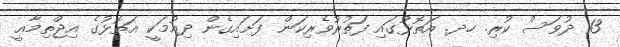
13 ދުވަސް ކުރި. ހދ. އަތޮޅުގައި ފަތުރުވެރިކަން ފަށައިގެން ދިއުމަކީ އަތޮޅުގެ އިޖްތިމާޢީ